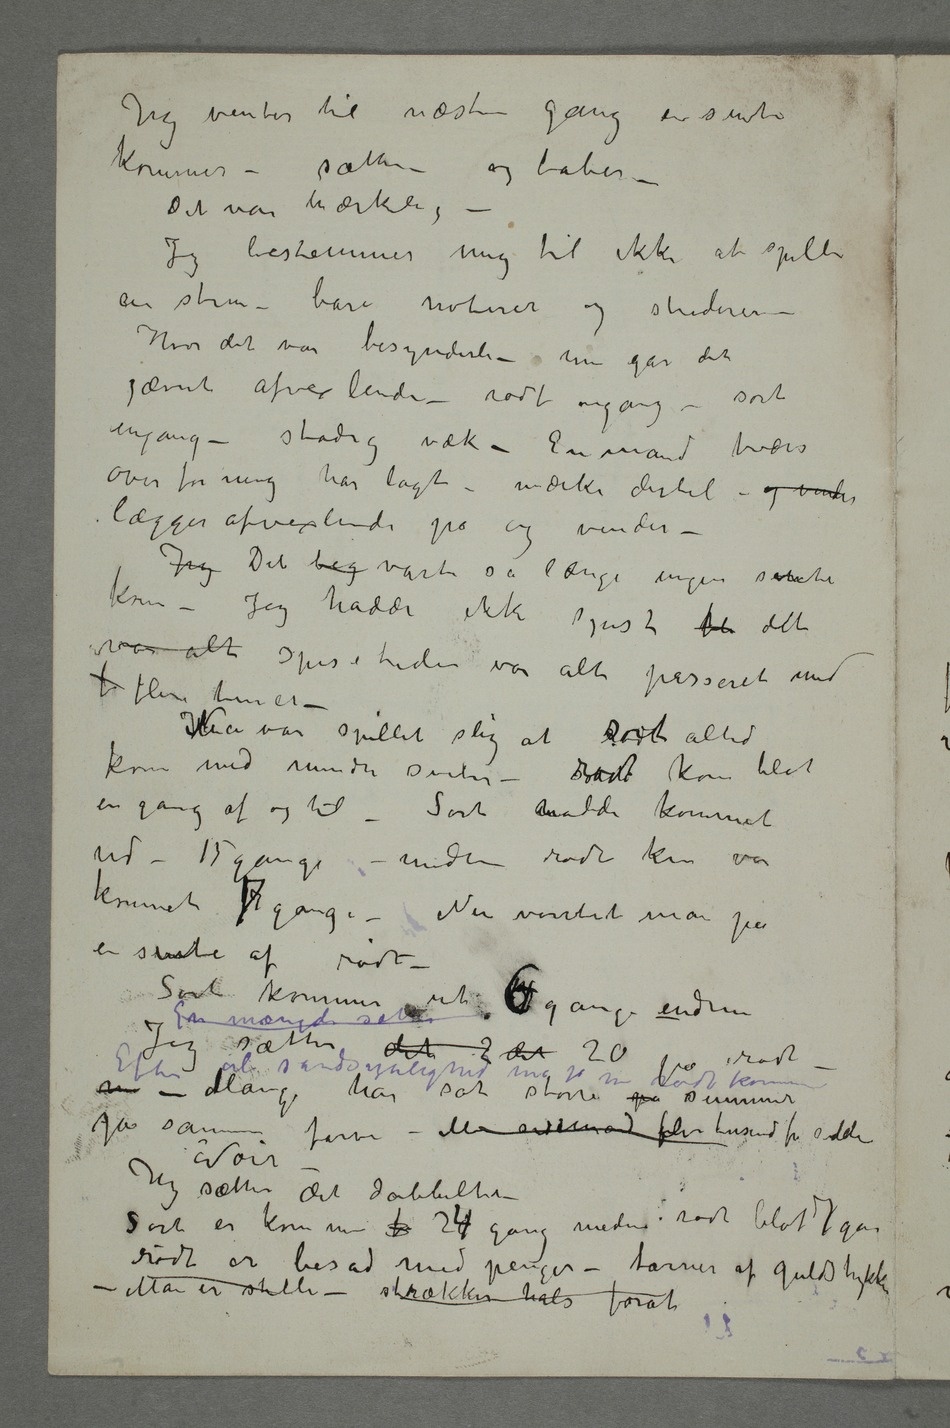
Jeg venter til næste gang en suite
kommer – sætter – og taber
– Det var mærkelig
– Jeg bestemmer mig til ikke at spille
en stun – bare noterer og studerer –
Hvor det var besynderli – nu går det
jævnt afvexlende – rødt
engang –
over for mig har lagt – mærke dertil – og vinder
lægger afvexlende på og vinder
– Jeg hadde ikke spist  det
var alt Spisetiden var alt passeret med
f flere timer –
HanNu var spillet slig at rødtsort altid
kom med mindre suiter – sortrødt kom blot
en gang af og til – Sort hadde kommet
ud – 15 gange – medens rødt kun var
kommet 7 gange – Nu ventet man på
en suite af rødt
– Sort kommer ut. 46 gange endnu
Jeg sætter det 2 det 20 på rødt
– Jeg sætter det dobbelte –
Sort er kommet f 264 gang medens rødt blot 7 gan
rødt er besad med penger – tårner af guldstykker
forat